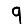
Digit: 9